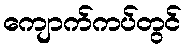
ကျောက်ကပ်တွင်